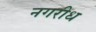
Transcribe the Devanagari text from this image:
नगरीध